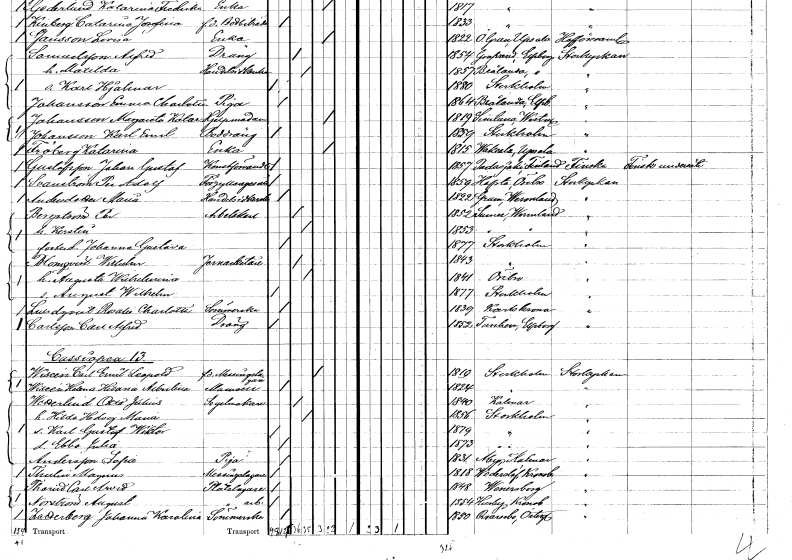
gt_parse: households: individuals: FN: Katarina
EN: Fröberg
YRKE: Änka
KON: K
CIV: E
FODAR: 1815
FODFORS: Vaksala Uppsala län
FN: Johan Gustaf
EN: Gustafsson
YRKE: Konstförvandt
KON: M
CIV: O
FODAR: 1857
FN: Per Adolf
EN: Svanström
YRKE: Förgyllaregesäll
KON: M
CIV: O
FODAR: 1859
FODFORS: Hovsta Örebro län
FN: Maria
EN: Andersdotter
YRKE: Handelsidkerska
KON: K
CIV: O
FODAR: 1822
FODFORS: Grums Värmlands län
FN: Per
EN: Bergström
YRKE: Arbetskarl
KON: M
CIV: G
FODAR: 1852
FODFORS: Sunne Värmlands län
FN: Kerstin
KON: K
CIV: G
FODAR: 1853
FODFORS: Sunne Värmlands län
FN: Johanna Gustava
KON: K
CIV: O
FODAR: 1877
FODFORS: Stockholm
FN: Wilhelm
EN: Blomqvist
YRKE: Järnarbetare
KON: M
CIV: G
FODAR: 1843
FODFORS: Stockholm
FN: Augusta Wilhelmina
KON: K
CIV: G
FODAR: 1841
FODFORS: Örebro Örebro län
FN: August Wilhelm
KON: M
CIV: O
FODAR: 1877
FODFORS: Stockholm
FN: Rosalie Charlotta
EN: Lundqvist
YRKE: Sömmerska
KON: K
CIV: O
FODAR: 1839
FODFORS: Karlskrona Blekinge län
FN: Carl Alfred
EN: Carlsson
YRKE: Dräng
KON: M
CIV: O
FODAR: 1852
FODFORS: Tunhem Älvsborgs län
FN: Carl Emil Leopold
EN: Wiscén
YRKE: Mässingsarbetare f.d.
KON: M
CIV: E
FODAR: 1819
FODFORS: Stockholm
FN: Helena Hilana Albertina
EN: Wiscén
KON: K
CIV: O
FODAR: 1824
FODFORS: Stockholm
FN: Otto Julius
EN: Wetterlind
YRKE: Segelmakare
KON: M
CIV: G
FODAR: 1840
FODFORS: Kalmar Kalmar län
FN: Hilda Hedvig Maria
KON: K
CIV: G
FODAR: 1856
FODFORS: Stockholm
FN: Karl Gustaf Wiktor
KON: M
CIV: O
FODAR: 1879
FODFORS: Stockholm
FN: Ebba Julia
KON: K
CIV: O
FODAR: 1873
FODFORS: Stockholm
FN: Sofia
EN: Andersson
YRKE: Piga
KON: K
CIV: O
FODAR: 1831
FODFORS: Åby Kalmar län
FN: Magnus
EN: Thulin
YRKE: Mässingslagare
KON: M
CIV: O
FODAR: 1818
FODFORS: Vederslöv Kronobergs län
FN: Carl Arvid
EN: Thorild
YRKE: Plåtslagare
KON: M
CIV: O
FODAR: 1848
FODFORS: Vänersborg Älvsborgs län
FN: August
EN: Norström
YRKE: Plåtslageriarbetare
KON: M
CIV: O
FODAR: 1854
FODFORS: Husby Kopparbergs län
FN: Johanna Karolina
EN: Zetterberg
YRKE: Sömmerska
KON: K
CIV: O
FODAR: 1850
FODFORS: Kvarsebo Östergötlands län